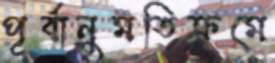
পূর্বানুমতিক্রমে